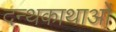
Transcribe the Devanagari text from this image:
दन्थकाथाओं